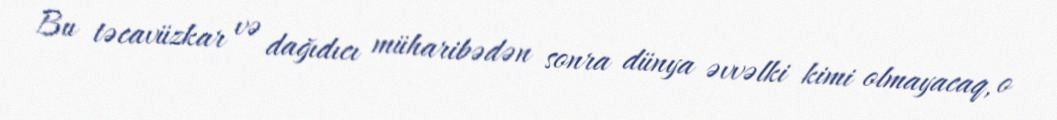
Bu təcavüzkar və dağıdıcı müharibədən sonra dünya əvvəlki kimi olmayacaq, o